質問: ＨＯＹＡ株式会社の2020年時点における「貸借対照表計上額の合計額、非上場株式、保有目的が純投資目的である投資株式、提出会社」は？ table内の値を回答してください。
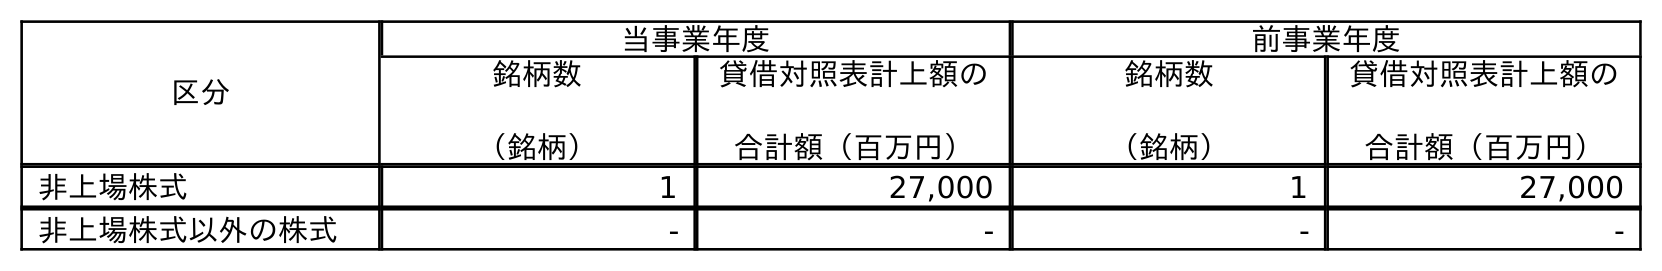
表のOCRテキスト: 区分 当事業年度 前事業年度 銘柄数 （銘柄） 貸借対照表計上額の 合計額（百万円） 銘柄数 （銘柄） 貸借対照表計上額の 合計額（百万円） 非上場株式 1 27,000 1 27,000 非上場株式以外の株式 - - - -
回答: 27,000